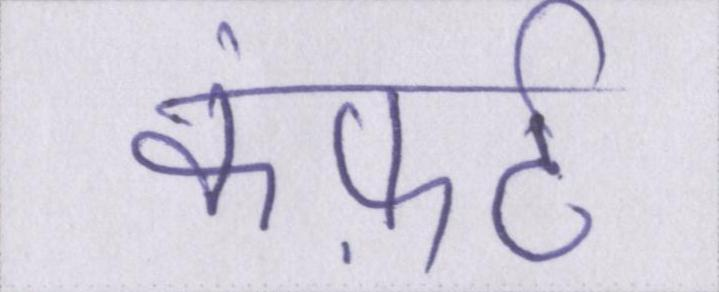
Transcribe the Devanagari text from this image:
कंफ़र्ट